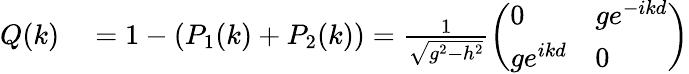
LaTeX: \begin{array}{rl}{Q(k)}&{{}=1-\left(P_{1}(k)+P_{2}(k)\right)=\frac{1}{\sqrt{g^{2}-h^{2}}}\left(\begin{array}{ll}{0}&{ge^{-ikd}}\\ {ge^{ikd}}&{0}\end{array}\right)}\end{array}